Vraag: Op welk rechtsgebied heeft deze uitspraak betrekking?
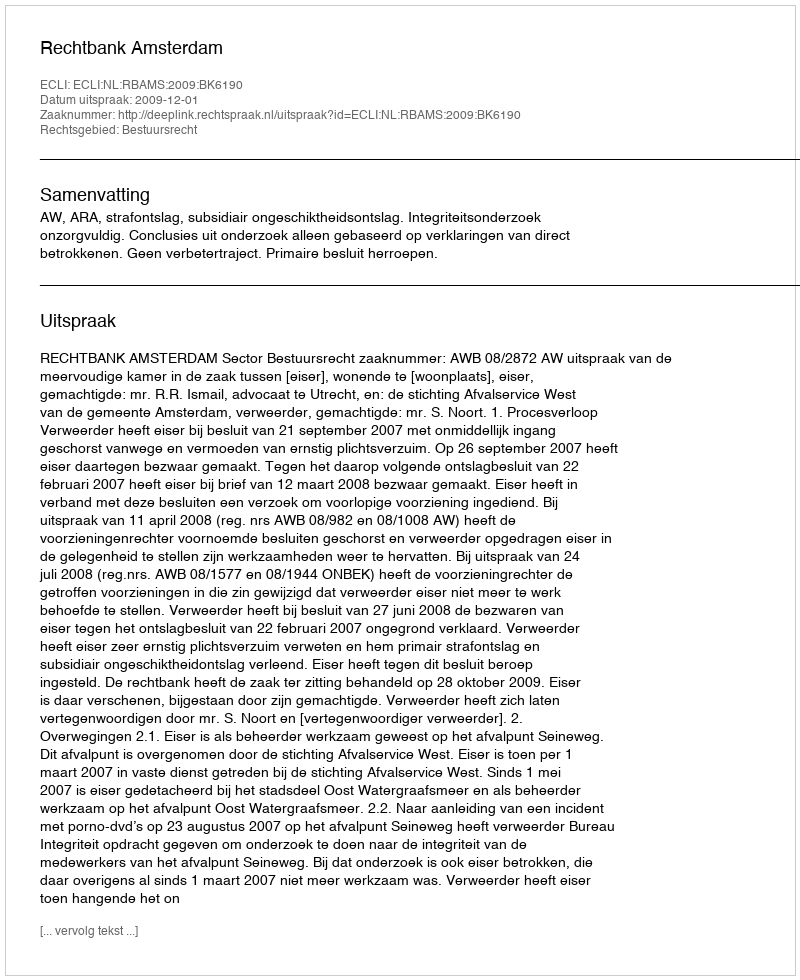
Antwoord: Bestuursrecht